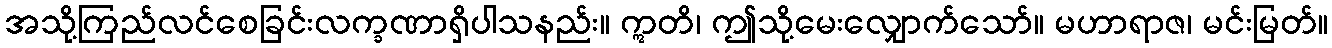
အသို့ကြည်လင်စေခြင်းလက္ခဏာရှိပါသနည်း။ ဣတိ၊ ဤသို့မေးလျှောက်သော်။ မဟာရာဇ၊ မင်းမြတ်။